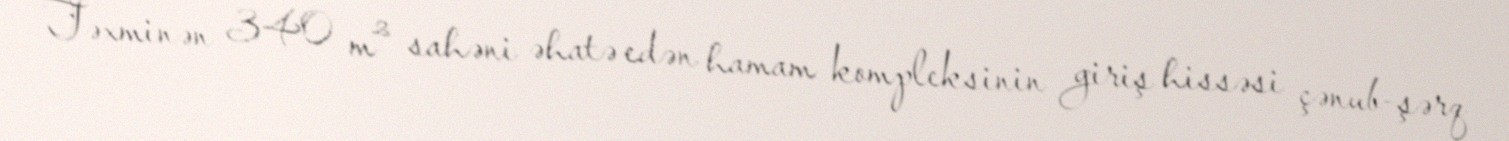
Təxminən 340 m² sahəni əhatə edən hamam kompleksinin giriş hissəsi çənub-şərq